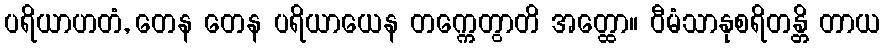
ပရိယာဟတံ, တေန တေန ပရိယာယေန တက္ကေတွာတိ အတ္ထော။ ဝီမံသာနုစရိတန္တိ တာယ